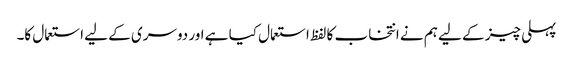
پہلی چیز کے لیے ہم نے انتخاب کا لفظ استعمال کیا ہے اور دوسری کے لیے استعمال کا۔